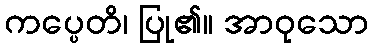
ကပ္ပေတိ၊ ပြု၏။ အာဝုသော